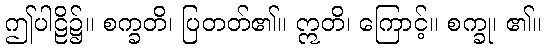
ဤပါဠိ၌။ စက္ခတိ၊ ပြတတ်၏။ ဣတိ၊ ကြောင့်။ စက္ခု၊ ၏။